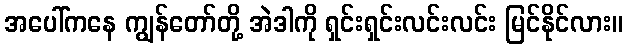
အပေါ်ကနေ ကျွန်တော်တို့ အဲဒါကို ရှင်းရှင်းလင်းလင်း မြင်နိုင်လား။